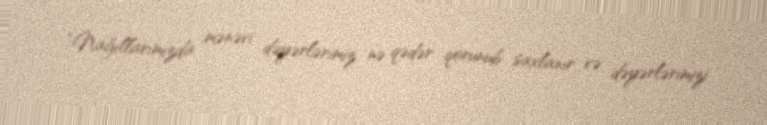
“Nağıllarımızda mənəvi dəyərlərimiz nə qədər qorunub saxlanır və dəyərlərimizi